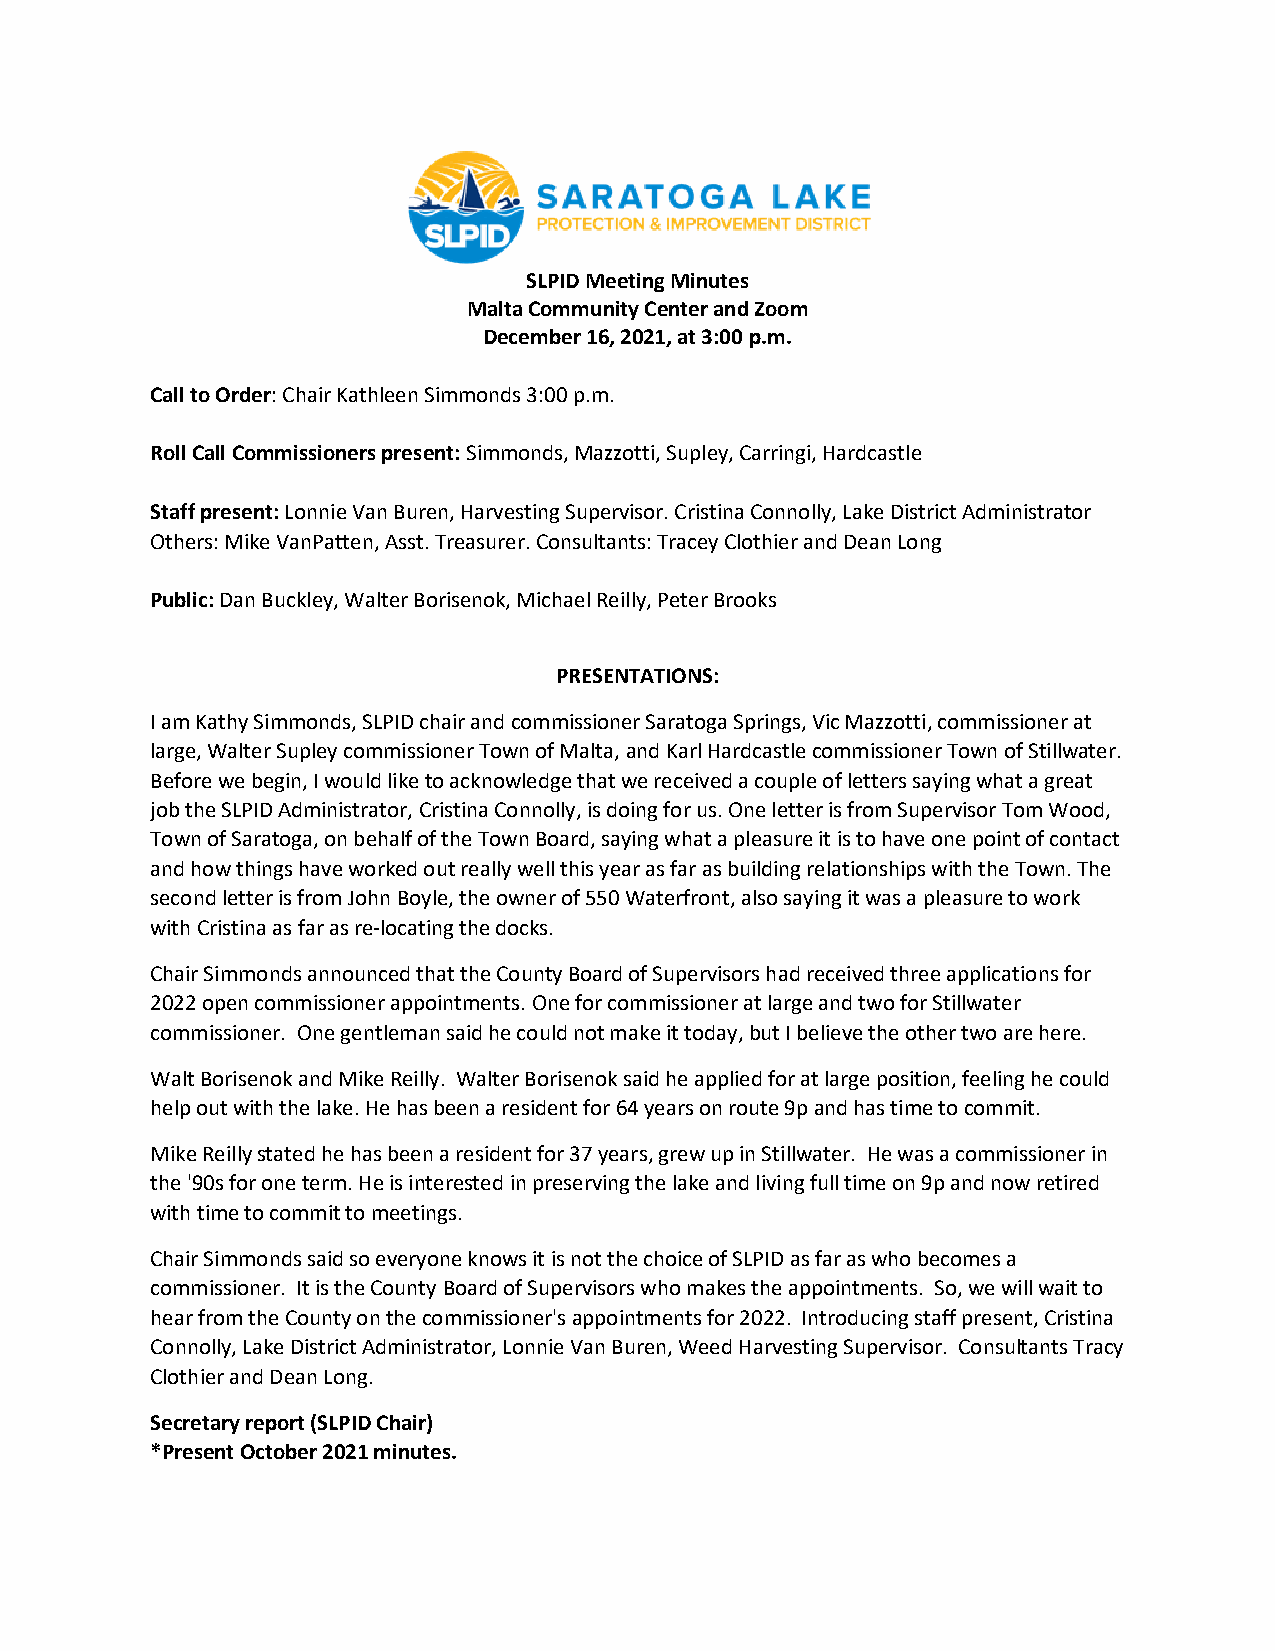
SLPID Meeting Minutes
 Malta Community Center and Zoom
 December 16, 2021, at 3:00 p.m.
 Call to Order: Chair Kathleen Simmonds 3:00 p.m.
 Roll Call Commissioners present: Simmonds, Mazzotti, Supley, Carringi, Hardcastle
 Staff present: Lonnie Van Buren, Harvesting Supervisor. Cristina Connolly, Lake District Administrator
 Others: Mike VanPatten, Asst. Treasurer. Consultants: Tracey Clothier and Dean Long
 Public: Dan Buckley, Walter Borisenok, Michael Reilly, Peter Brooks
 PRESENTATIONS:
 I am Kathy Simmonds, SLPID chair and commissioner Saratoga Springs, Vic Mazzotti, commissioner at
 large, Walter Supley commissioner Town of Malta, and Karl Hardcastle commissioner Town of Stillwater.
 Before we begin, I would like to acknowledge that we received a couple of letters saying what a great
 job the SLPID Administrator, Cristina Connolly, is doing for us. One letter is from Supervisor Tom Wood,
 Town of Saratoga, on behalf of the Town Board, saying what a pleasure it is to have one point of contact
 and how things have worked out really well this year as far as building relationships with the Town. The
 second letter is from John Boyle, the owner of 550 Waterfront, also saying it was a pleasure to work
 with Cristina as far as re-locating the docks.
 Chair Simmonds announced that the County Board of Supervisors had received three applications for
 2022 open commissioner appointments. One for commissioner at large and two for Stillwater
 commissioner. One gentleman said he could not make it today, but I believe the other two are here.
 Walt Borisenok and Mike Reilly. Walter Borisenok said he applied for at large position, feeling he could
 help out with the lake. He has been a resident for 64 years on route 9p and has time to commit.
 Mike Reilly stated he has been a resident for 37 years, grew up in Stillwater. He was a commissioner in
 the '90s for one term. He is interested in preserving the lake and living full time on 9p and now retired
 with time to commit to meetings.
 Chair Simmonds said so everyone knows it is not the choice of SLPID as far as who becomes a
 commissioner. It is the County Board of Supervisors who makes the appointments. So, we will wait to
 hear from the County on the commissioner's appointments for 2022. Introducing staff present, Cristina
 Connolly, Lake District Administrator, Lonnie Van Buren, Weed Harvesting Supervisor. Consultants Tracy
 Clothier and Dean Long.
 Secretary report (SLPID Chair)
 *Present October 2021 minutes.